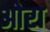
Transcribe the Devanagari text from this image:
ओरा